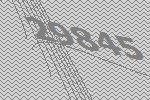
29845